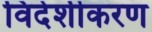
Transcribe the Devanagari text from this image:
विदेशीकरण